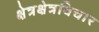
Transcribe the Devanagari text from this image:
क्षेत्रक्षेत्रविचार